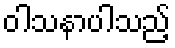
ဝါသနာပါသည့်